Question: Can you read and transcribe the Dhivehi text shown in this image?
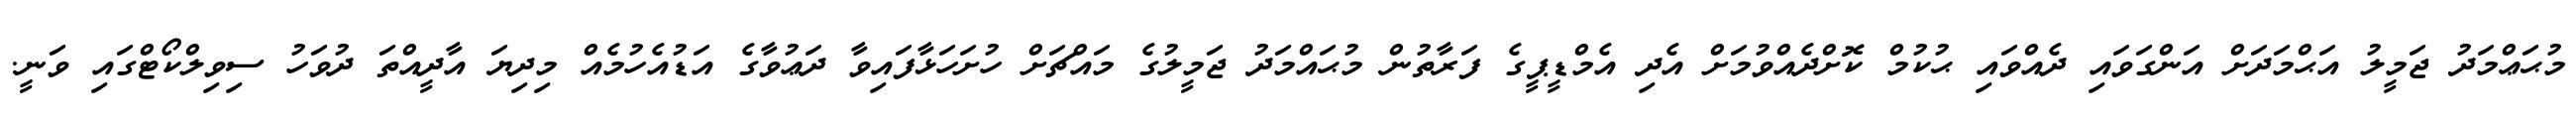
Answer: މުޙަޢްމަދު ޖަމީލު އަޙްމަދަށް އަންގަވައި ދެއްވައި ޙުކުމް ކޮށްދެއްވުމަށް އެދި އެމްޑީޕީގެ ފަރާތުން މުޙައްމަދު ޖަމީލުގެ މައްޗަށް ހުށަހަޅާފައިވާ ދަޢުވާގެ އަޑުއެހުމެއް މިދިޔަ އާދީއްތަ ދުވަހު ސިވިލްކޯޓްގައި ވަނީ.